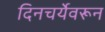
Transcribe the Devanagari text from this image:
दिनचर्येवरून